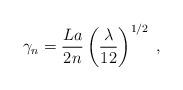
LaTeX: \begin{align*}\gamma_n=\frac{La}{2n}\left(\frac{\lambda}{12}\right)^{1/2}\;,\end{align*}